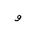
Letter: _waw